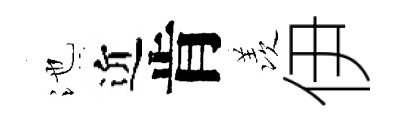
池近肯羡伊